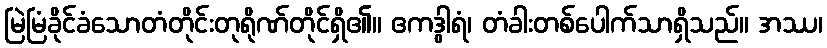
မြဲမြံခိုင်ခံသောတံတိုင်းတုရိုဏ်တိုင်ရှိ၏။ ဧကဒွါရံ၊ တံခါးတစ်ပေါက်သာရှိသည်။ အဿ၊